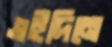
এইদিনে